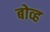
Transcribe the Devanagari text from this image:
बोव्ह